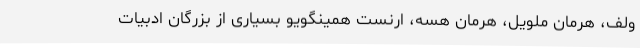
ولف، هرمان ملویل، هرمان هسه، ارنست همینگویو بسیاری از بزرگان ادبیات